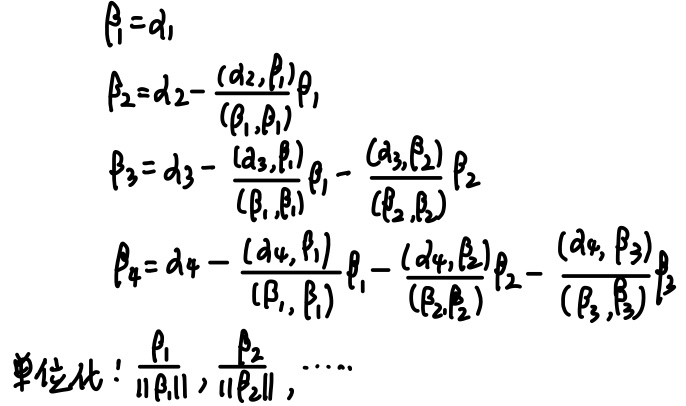
\[
\begin{align*}
\beta_1&=d_1\\
\beta_2&=d_2 - \frac{(d_2,\beta_1)}{(\beta_1,\beta_1)}\beta_1\\
\beta_3&=d_3 - \frac{(d_3,\beta_1)}{(\beta_1,\beta_1)}\beta_1 - \frac{(d_3,\beta_2)}{(\beta_2,\beta_2)}\beta_2\\
\beta_4&=d_4 - \frac{(d_4,\beta_1)}{(\beta_1,\beta_1)}\beta_1 - \frac{(d_4,\beta_2)}{(\beta_2,\beta_2)}\beta_2 - \frac{(d_4,\beta_3)}{(\beta_3,\beta_3)}\beta_3\\
\end{align*}
\]
单位化：\(\frac{\beta_1}{\|\beta_1\|},\frac{\beta_2}{\|\beta_2\|},\cdots\)